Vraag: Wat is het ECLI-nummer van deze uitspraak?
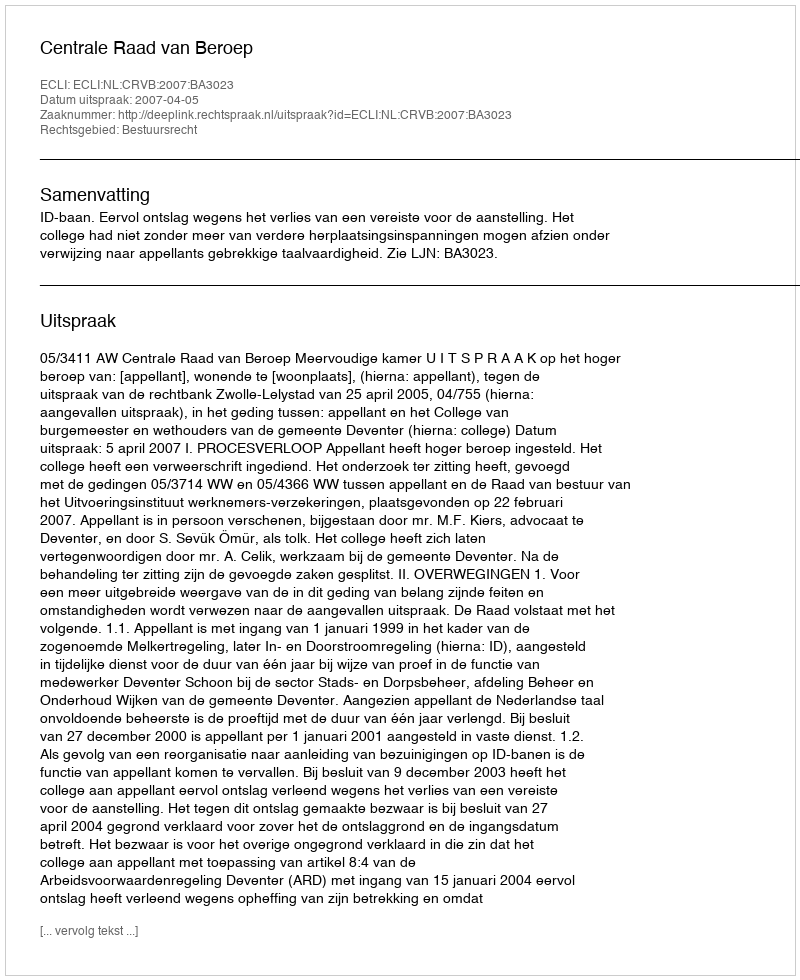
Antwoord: ECLI:NL:CRVB:2007:BA3023